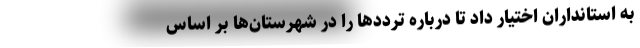
به استانداران اختیار داد تا درباره ترددها را در شهرستان‌ها بر اساس